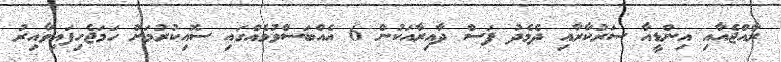
ރާއްޖެއާއި އިންޑީއާ ސަރުކާރާއި ދެމެދު ފަސް ދާއިރާއަކުން 6 އެއްބަސްވުމެއްގައި ސޮއިކުރުމަށް ހަމަޖެހިފައިވާއިރު